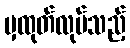
မှထုတ်လုပ်သည့်